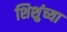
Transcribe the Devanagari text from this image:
शिशुंच्या